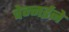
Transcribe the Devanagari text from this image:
चेन्नईने